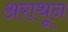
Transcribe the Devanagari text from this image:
अराथून